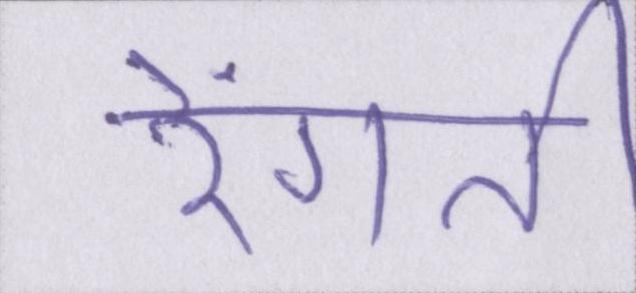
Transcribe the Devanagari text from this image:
रेंगती